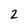
Character: 2